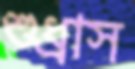
শুধ্‌রাস